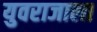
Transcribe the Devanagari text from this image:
युवराजाला